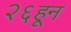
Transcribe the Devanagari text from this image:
२६हून